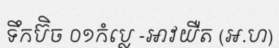
ទឹកប៊ិច ០១កំប្លេ -អាវយឺត (អ.ហ)